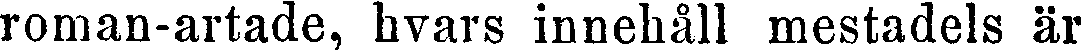
roman-artade, hvars innehåll mestadels är